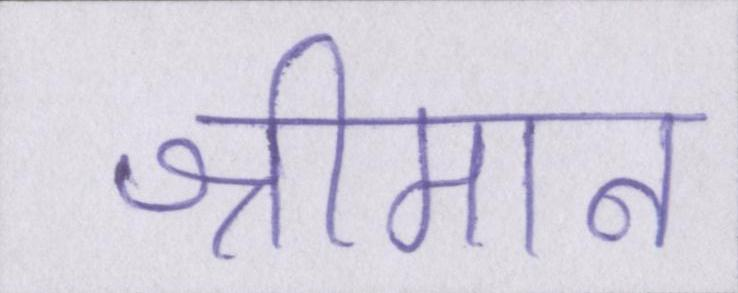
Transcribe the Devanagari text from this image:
श्रीमान